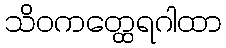
သိဝကတ္ထေရဂါထာ